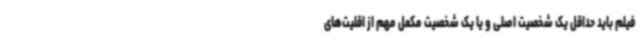
فیلم باید حداقل یک شخصیت اصلی و یا یک شخصیت مکمل مهم از اقلیت‌های